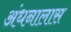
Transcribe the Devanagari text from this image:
अंधनालास